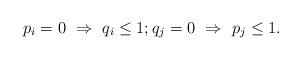
LaTeX: \begin{align*}p_i=0\ \Rightarrow\ q_i \leq 1;q_j=0\ \Rightarrow\ p_j \leq 1.\end{align*}